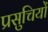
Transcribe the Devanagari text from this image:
प्रसुचियों